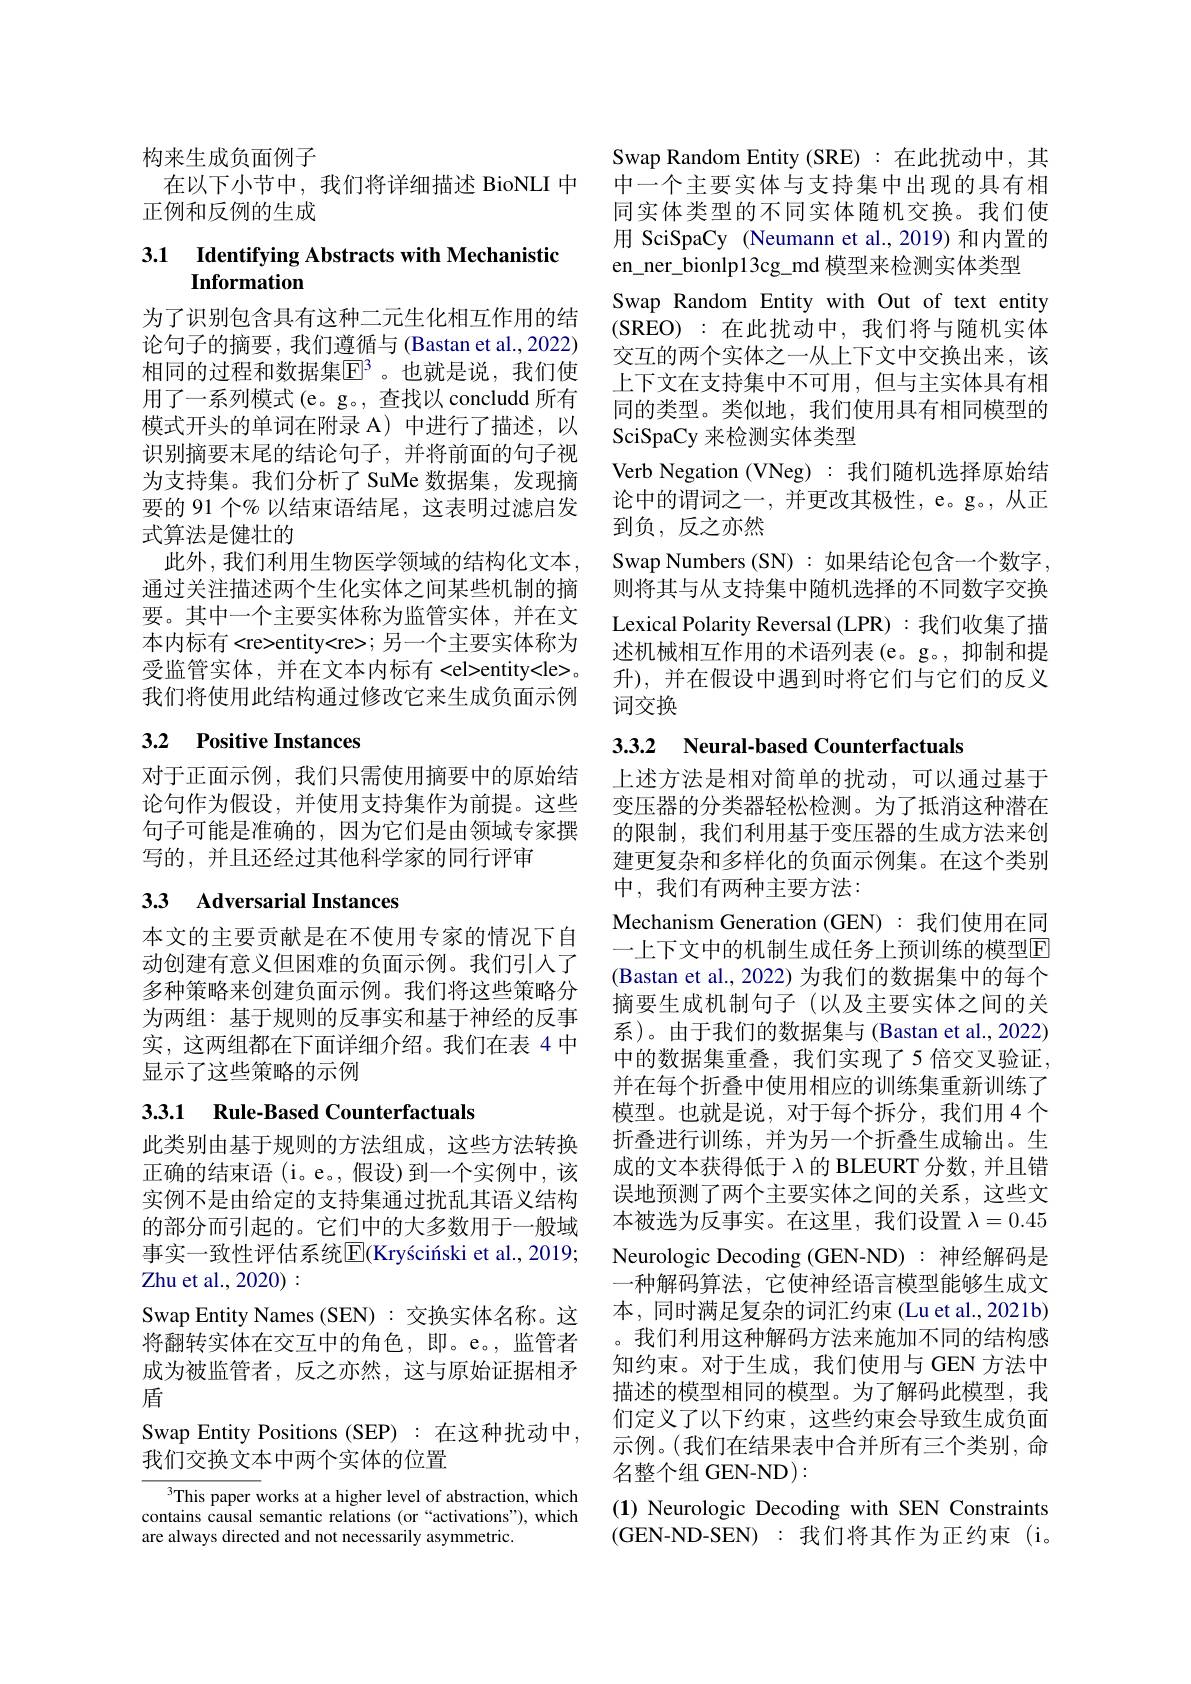
构来生成负面例子
在以下小节中，我们将详细描述 BioNLI 中
正例和反例的生成

### 3.1 Identifying Abstracts with Mechanistio Information

为了识别包含具有这种二元生化相互作用的结论句子的摘要，我们遵循与 (Bastan et al., 2022) 相同的过程和数据集$\mathbb{E}^3$。也就是说，我们使用了一系列模式(e。g。, 查找以 concludd 所有模式开头的单词在附录 A) 中进行了描述，以识别摘要末尾的结论句子，并将前面的句子视为支持集。我们分析了 SuMe 数据集，发现摘要的 91 个% 以结束语结尾，这表明过滤启发式算法是健壮的
此外，我们利用生物医学领域的结构化文本， 通过关注描述两个生化实体之间某些机制的摘要。其中一个主要实体称为监管实体，并在文本内标有<re>entity<re>;另一个主要实体称为受监管实体，并在文本内标有<el>entity<le>。我们将使用此结构通过修改它来生成负面示例

## 3.2 Positive Instances

对于正面示例，我们只需使用摘要中的原始结论句作为假设，并使用支持集作为前提。这些句子可能是准确的，因为它们是由领域专家撰写的，并且还经过其他科学家的同行评审

## 33 Adversarial Instances

本文的主要贡献是在不使用专家的情况下自动创建有意义但困难的负面示例。我们引入了多种策略来创建负面示例。我们将这些策略分为两组：基于规则的反事实和基于神经的反事实，这两组都在下面详细介绍。我们在表 4 中显示了这些策略的示例

# 3.3.1 Rule-Based Counterfactuals

此类别由基于规则的方法组成，这些方法转换正确的结束语(i。e。,假设)到一个实例中，该实例不是由给定的支持集通过扰乱其语义结构的部分而引起的。它们中的大多数用于一般域事实一致性评估系统|E$| ( Kry\' sci\' {n}skietal. , 2019;$ Zhu et al., 2020) :
Swap Entity Names (SEN) : 交换实体名称。这将翻转实体在交互中的角色，即。e。,监管者成为被监管者，反之亦然，这与原始证据相矛盾
Swap Entity Positions (SEP) :在这种扰动中，
我们交换文本中两个实体的位置

$^{3}$This paper works at a higher level of abstraction, which contains causal semantic relations (or “activations”), which are always directed and not necessarily asymmetric.

Swap Random Entity ( SRE) : 在 此 扰 动 中 , 其 中一个主要实体与支持集中出现的具有相同实体类型的不同实体随机交换。我们使用 SciSpaCy (Neumann et al.,2019) 和内置的en\_ner\_bionlp13cg\_md 模型来检测实体类型
Swap Random Entity with Out of text entity (SREO):在此扰动中，我们将与随机实体交互的两个实体之一从上下文中交换出来，该上下文在支持集中不可用，但与主实体具有相同的类型。类似地，我们使用具有相同模型的SciSpaCy 来检测实体类型
Verb Negation (VNeg) : 我们随机选择原始结论中的谓词之一，并更改其极性，e。g。,从正到负，反之亦然
Swap Numbers ( SN) : 如 果 结 论 包 含 一 个 数 字 , 则将其与从支持集中随机选择的不同数字交换Lexical Polarity Reversal (LPR) : 我们收集了描述机械相互作用的术语列表(e。g。, 抑制和提升),并在假设中遇到时将它们与它们的反义词交换

## 3.3.2 Neural-based Counterfactuals

上述方法是相对简单的扰动，可以通过基于变压器的分类器轻松检测。为了抵消这种潜在的限制，我们利用基于变压器的生成方法来创建更复杂和多样化的负面示例集。在这个类别中，我们有两种主要方法：
Mechanism Generation (GEN) : 我们使用在同一上下文中的机制生成任务上预训练的模型$\mathbb{E}$ (Bastan et al., 2022) 为我们的数据集中的每个摘要生成机制句子(以及主要实体之间的关系)。由于我们的数据集与 (Bastan et al., 2022) 中的数据集重叠，我们实现了5倍交叉验证， 并在每个折叠中使用相应的训练集重新训练了模型。也就是说，对于每个拆分，我们用4个折叠进行训练，并为另一个折叠生成输出。生成的文本获得低于$\lambda$的 BLEURT 分数，并且错误地预测了两个主要实体之间的关系，这些文本被选为反事实。在这里，我们设置$\lambda=0.45$ Neurologic Decoding (GEN-ND) : 神经解码是一种解码算法，它使神经语言模型能够生成文本，同时满足复杂的词汇约束 (Lu et al.,2021b) 。我们利用这种解码方法来施加不同的结构感知约束。对于生成，我们使用与 GEN 方法中描述的模型相同的模型。为了解码此模型，我们定义了以下约束，这些约束会导致生成负面示例。(我们在结果表中合并所有三个类别，命名整个组 GEN-ND):
(1) Neurologic Decoding with SEN Constraints (GEN-ND-SEN):我们将其作为正约束(i。